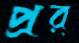
প্রর্